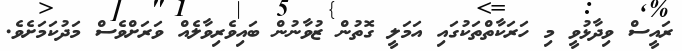
ރައީސް ވިދާޅުވީ މި ހަރަކާތްތަކުގައި އަމަލީ ގޮތުން ޒުވާނުން ބައިވެރިވާލެއް ވަރަށްވެސް މަދުކަމަށެވެ.